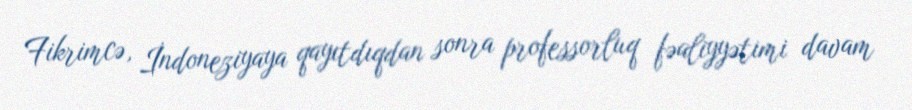
Fikrimcə, İndoneziyaya qayıtdıqdan sonra professorluq fəaliyyətimi davam